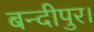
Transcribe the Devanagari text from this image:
बन्दीपुर।